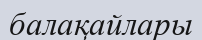
балақайлары